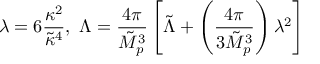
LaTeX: \lambda = 6 \frac { \kappa ^ { 2 } } { \tilde { \kappa } ^ { 4 } } , ~ \Lambda = \frac { 4 \pi } { \tilde { M } _ { p } ^ { 3 } } \left[ \tilde { \Lambda } + \left( \frac { 4 \pi } { 3 \tilde { M } _ { p } ^ { 3 } } \right) \lambda ^ { 2 } \right]